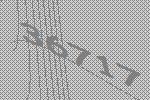
36717